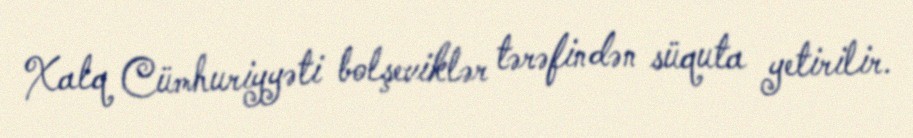
Xalq Cümhuriyyəti bolşeviklər tərəfindən süquta yetirilir.